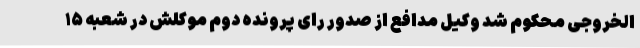
الخروجی محکوم شد وکیل مدافع از صدور رای پرونده دوم موکلش در شعبه ۱۵